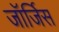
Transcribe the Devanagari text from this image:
जॉर्जिस